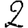
Digit: 2